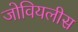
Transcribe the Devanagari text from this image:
जोवियलीस